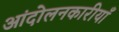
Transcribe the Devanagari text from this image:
आंदोलनकारीयाँ